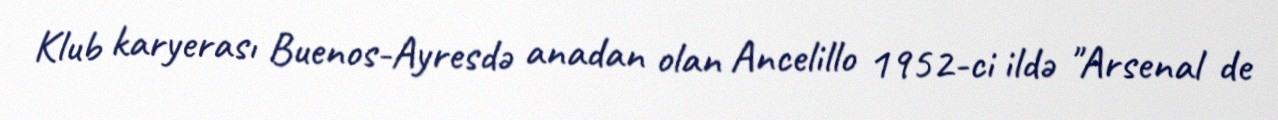
Klub karyerası Buenos-Ayresdə anadan olan Ancelillo 1952-ci ildə "Arsenal de